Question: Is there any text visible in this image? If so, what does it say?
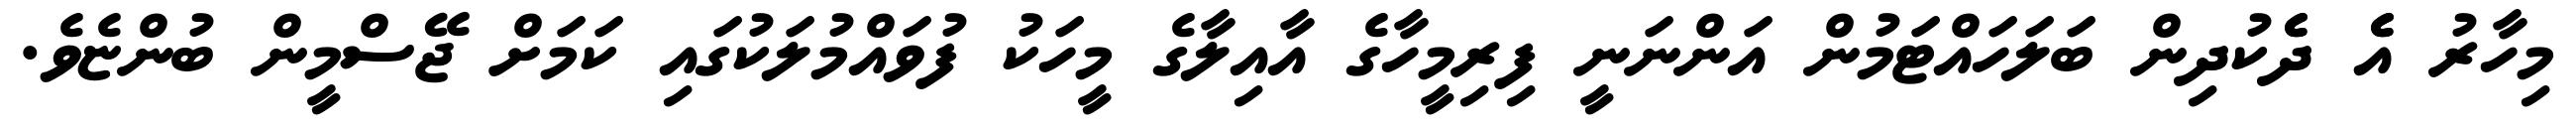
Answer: މިހާރު އެެ ދެެކުދިން ބަލަހައްޓަމުން އަންނަނީ ފިރިމީހާގެ އާއިލާގެ މީހަކު ފުވައްމުލަކުގައި ކަމަށް ޖޭސްމީން ބުންޏެވެ.